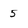
Character: 5